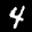
Label: 4